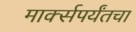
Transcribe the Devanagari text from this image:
मार्क्सपर्यंतचा